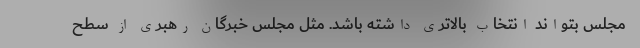
مجلس بتواند انتخاب بالاتری داشته باشد. مثل مجلس خبرگان رهبری از سطح